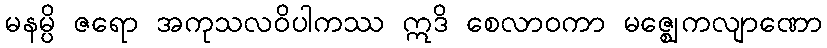
မနမ္ပိ ဇရော အကုသလဝိပါကဿ ဣဒိ စေလာဝကာ မဇ္ဈေကလျာဏော